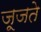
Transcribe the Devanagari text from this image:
जूजते